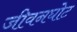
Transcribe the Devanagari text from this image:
जीवनघोट